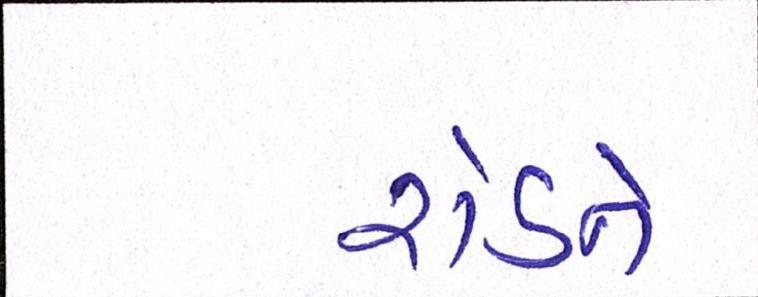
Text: રોડને